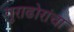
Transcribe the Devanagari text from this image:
गुराढोरांचा